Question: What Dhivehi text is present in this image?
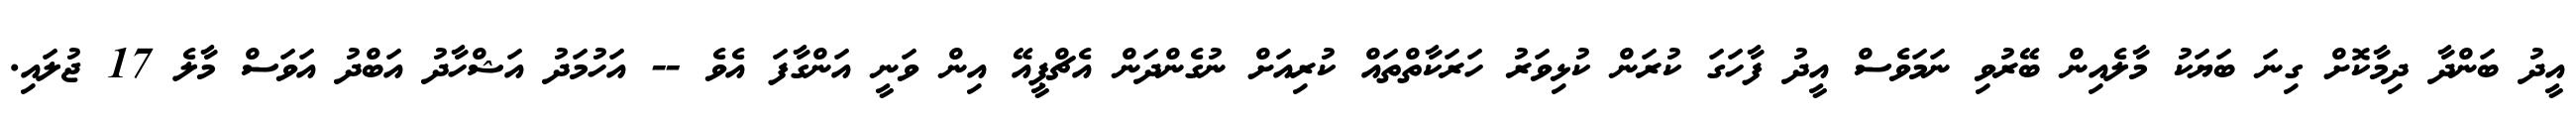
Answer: އީދު ބަންދާ ދިމާކޮށް ގިނަ ބަޔަކު މާލެއިން ބޭރުވި ނަމަވެސް އީދު ފާހަގަ ކުރަން ކުޅިވަރު ހަރަކާތްތައް ކުރިއަށް ނުގެންދަން އެޗްޕީއޭ އިން ވަނީ އަންގާފަ އެވެ -- އަހުމަދު އަޝްހާދު އަބްދު އަވަސް މާލެ 17 ޖުލައި.